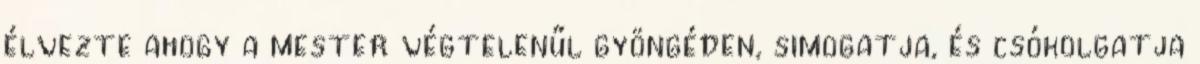
élvezte ahogy a mester végtelenűl gyöngéden, simogatja, és csókolgatja